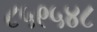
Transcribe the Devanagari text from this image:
८५९५४८